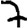
Digit: 7